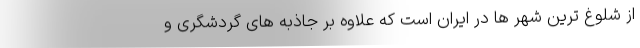
از شلوغ ترین شهر ها در ایران است که علاوه بر جاذبه های گردشگری و